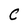
Character: C